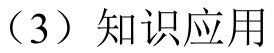
（3）知识应用